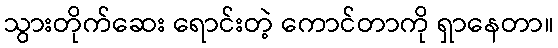
သွားတိုက်ဆေး ရောင်းတဲ့ ကောင်တာကို ရှာနေတာ။